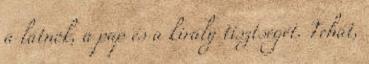
a látnok, a pap és a király tisztségét. Tehát,